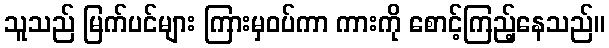
သူသည် မြက်ပင်များ ကြားမှဝပ်ကာ ကားကို စောင့်ကြည့်နေသည်။